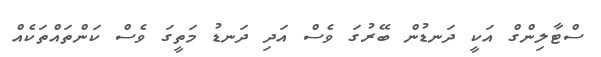
ސްޓާލިންގް އަކީ ދަނޑުން ބޭރުގަ ވެސް އަދި ދަނޑު މަތީގަ ވެސް ކަންތައްތަކެއް